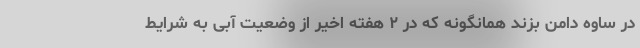
در ساوه دامن بزند همانگونه که در ۲ هفته اخیر از وضعیت آبی به شرایط